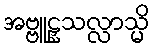
အဗ္ဗူဠှသလ္လာသ္မိ